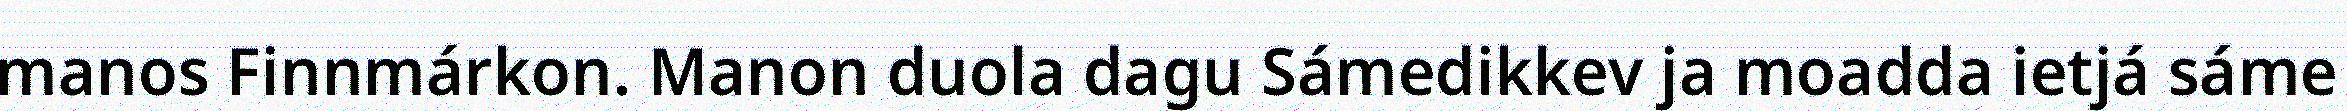
manos Finnmárkon. Manon duola dagu Sámedikkev ja moadda ietjá sáme